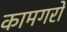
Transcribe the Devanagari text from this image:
कामगरों